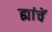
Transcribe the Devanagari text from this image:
ह्यांचें